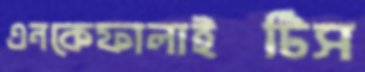
এনকেফালাইটিস